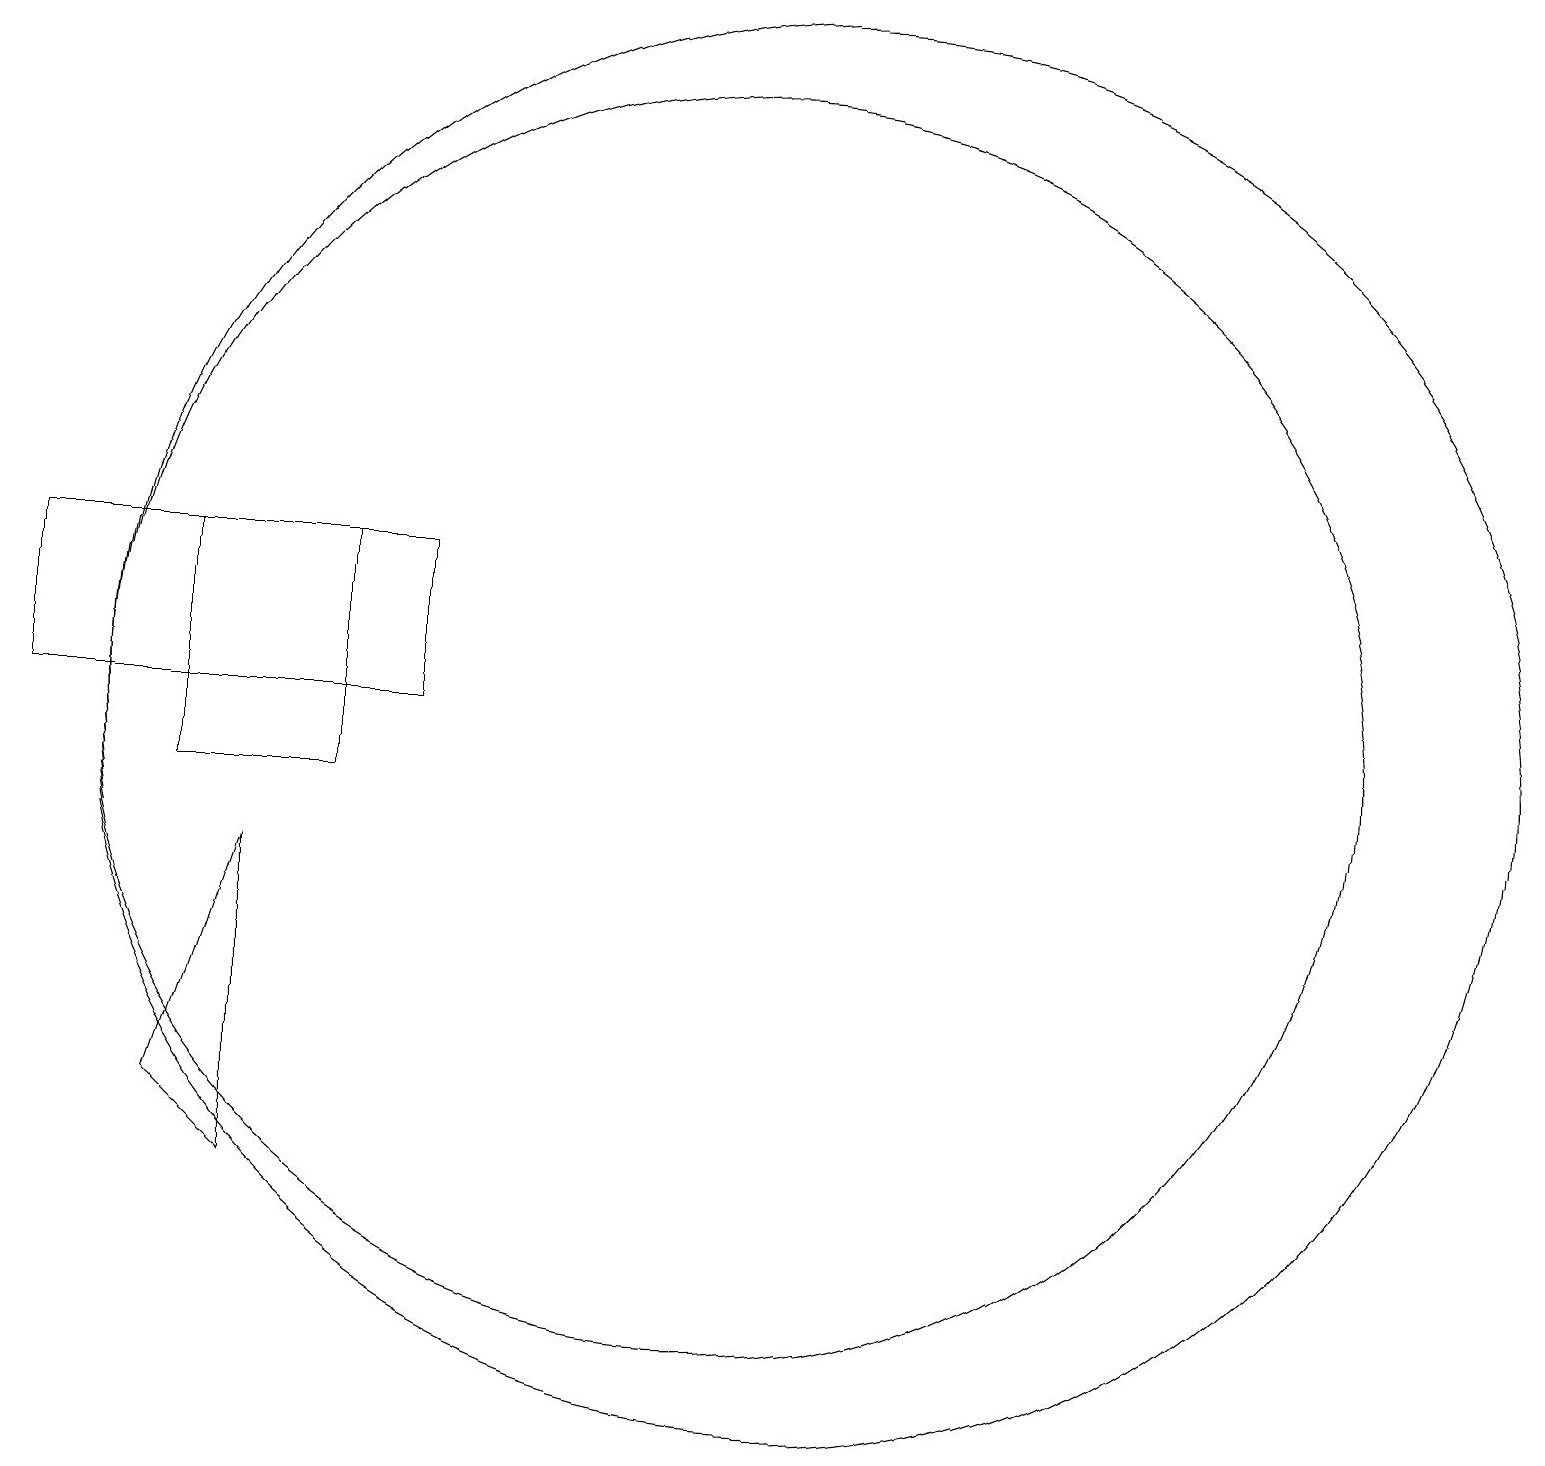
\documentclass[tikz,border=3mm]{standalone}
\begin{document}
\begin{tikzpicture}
\draw (11,11) circle (9);
\draw (1,11) rectangle (6,13);
\draw (3,10) rectangle (5,13);
\draw (10,11) circle (8);
\draw (3,6) -- (4,5) -- (4,9) -- cycle;
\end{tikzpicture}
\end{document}